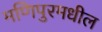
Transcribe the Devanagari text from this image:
मणिपुरमधील